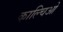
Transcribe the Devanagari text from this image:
काल्चिओ